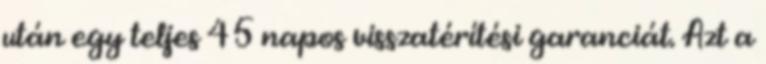
után egy teljes 45 napos visszatérítési garanciát. Azt a